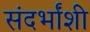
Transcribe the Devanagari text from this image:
संदर्भांंशी